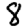
Digit: 8